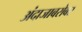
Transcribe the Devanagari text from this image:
अंदाजाबरोबर